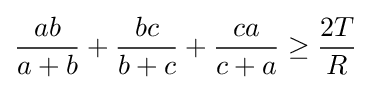
{\frac {ab}{a+b}}+{\frac {bc}{b+c}}+{\frac {ca}{c+a}}\geq {\frac {2T}{R}}